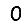
Digit: 0